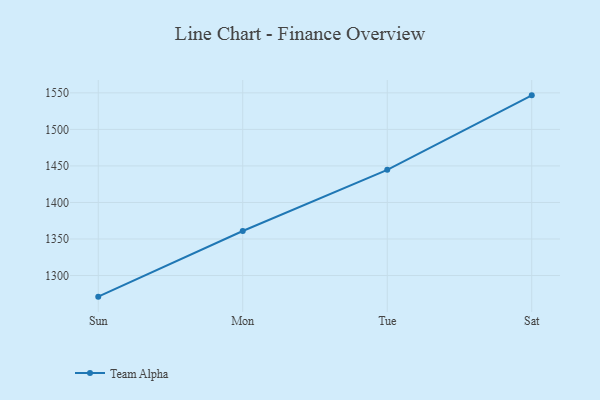
{"axis": {"x": "Day", "y": "Tickets Resolved"}, "legend": ["Team Alpha"], "data": [{"x": "Sun", "y": 1271.1, "type": "Team Alpha"}, {"x": "Mon", "y": 1360.9, "type": "Team Alpha"}, {"x": "Tue", "y": 1444.7, "type": "Team Alpha"}, {"x": "Sat", "y": 1546.6, "type": "Team Alpha"}]}